Report of the Indian Hemp Drugs Commission, 1894-1895 - Volume I
Year: 1894
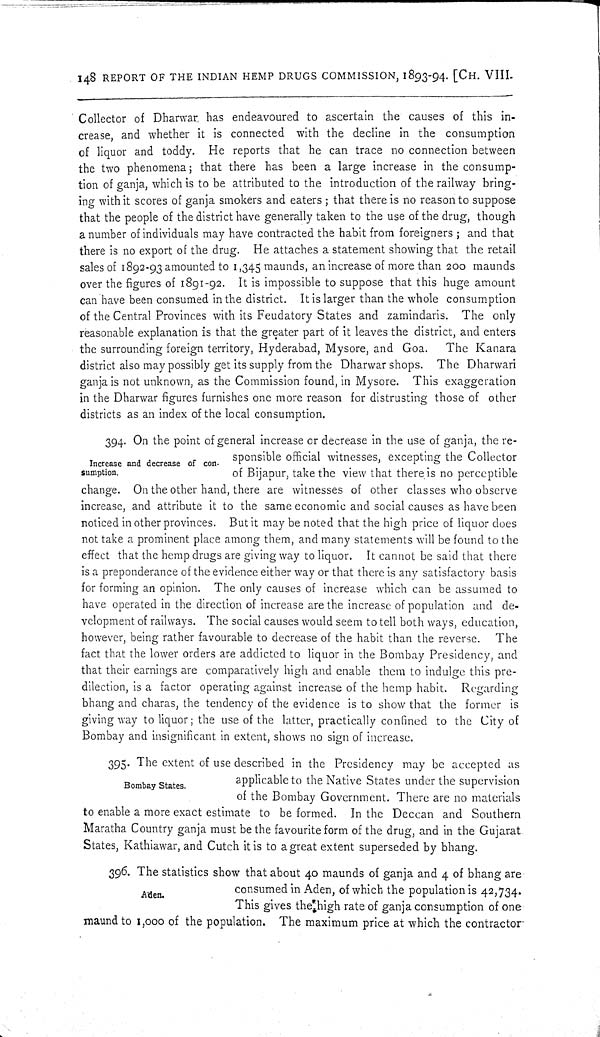
148 REPORT OF THE INDIAN HEMP DRUGS COMMISSION, 1893-94. [CH. VIII.
Collector of Dharwar, has endeavoured to ascertain the causes of this in-
crease, and whether it is connected with the decline in the consumption
of liquor and toddy. He reports that he can trace no connection between
the two phenomena; that there has been a large increase in the consump-
tion of ganja, which is to be attributed to the introduction of the railway bring-
ing with it scores of ganja smokers and eaters; that there is no reason to suppose
that the people of the district have generally taken to the use of the drug, though
a number of individuals may have contracted the habit from foreigners; and that
there is no export of the drug. He attaches a statement showing that the retail
sales of 1892-93 amounted to 1,345 maunds, an increase of more than 200 maunds
over the figures of 1891-92. It is impossible to suppose that this huge amount
can have been consumed in the district. It is larger than the whole consumption
of the Central Provinces with its Feudatory States and zamindaris. The only
reasonable explanation is that the greater part of it leaves the district, and enters
the surrounding foreign territory, Hyderabad, Mysore, and Goa.
The Kanara
district also may possibly get its supply from the Dharwar shops. The Dharwari
ganja is not unknown, as the Commission found, in Mysore. This exaggeration
in the Dharwar figures furnishes one more reason for distrusting those of other
districts as an index of the local consumption.
Increase and decrease of con-
sumption.
394. On the point of general increase or decrease in the use of ganja, the re-
sponsible official witnesses, excepting the Collector
of Bijapur, take the view that there is no perceptible
change. On the other hand, there are witnesses of other classes who observe
increase, and attribute it to the same economic and social causes as have been
noticed in other provinces. But it may be noted that the high price of liquor does
not take a prominent place among them, and many statements will be found to the
effect that the hemp drugs are giving way to liquor. It cannot be said that there
is a preponderance of the evidence either way or that there is any satisfactory basis
for forming an opinion. The only causes of increase which can be assumed to
have operated in the direction of increase are the increase of population and de-
velopment of railways. The social causes would seem to tell both ways, education,
however, being rather favourable to decrease of the habit than the reverse. The
fact that the lower orders are addicted to liquor in the Bombay Presidency, and
that their earnings are comparatively high and enable them to indulge this pre-
dilection, is a factor operating against increase of the hemp habit. Regarding
bhang and charas, the tendency of the evidence is to show that the former is
giving way to liquor; the use of the latter, practically confined to the City of
Bombay and insignificant in extent, shows no sign of increase.
Bombay States.
395. The extent of use described in the Presidency may be accepted as
applicable to the Native States under the supervision
of the Bombay Government. There are no materials
to enable a more exact estimate to be formed. In the Deccan and Southern
Maratha Country ganja must be the favourite form of the drug, and in the Gujarat
States, Kathiawar, and Cutch it is to a great extent superseded by bhang.
Aden.
396. The statistics show that about 40 maunds of ganja and 4 of bhang are
consumed in Aden, of which the population is 42,734.
This gives the high rate of ganja consumption of one
maund to 1,000 of the population. The maximum price at which the contractor